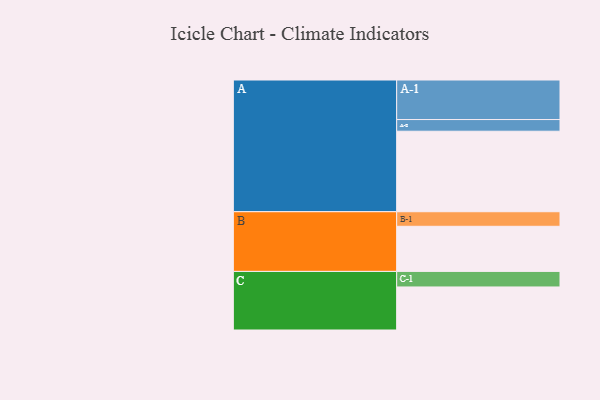
{"axis": {"x": "Segment", "y": "Value"}, "legend": ["", "A", "B", "C"], "data": [{"x": "A", "y": 580, "type": ""}, {"x": "B", "y": 325, "type": ""}, {"x": "C", "y": 310, "type": ""}, {"x": "A-1", "y": 285, "type": "A"}, {"x": "A-2", "y": 84, "type": "A"}, {"x": "B-1", "y": 105, "type": "B"}, {"x": "C-1", "y": 112, "type": "C"}]}